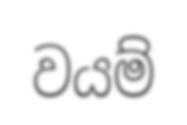
වයම්